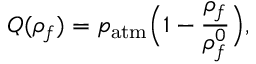
Q ( \rho _ { f } ) = p _ { \mathrm { a t m } } \Big ( 1 - \frac { \rho _ { f } } { \rho _ { f } ^ { 0 } } \Big ) ,